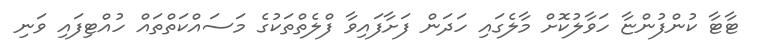
ޓާޓާ ކުންފުންޏާ ހަވާލުކޮށް މާލެގައި ހަދަން ފަށާފައިވާ ފްލެތްތަކުގެ މަސައްކަތްތައް ހުއްޓިފައި ވަނި